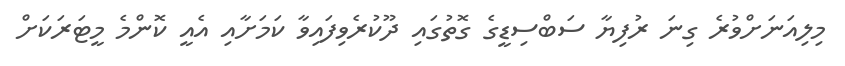
މިލިއަނަށްވުރެ ގިނަ ރުފިޔާ ސަބްސިޑީގެ ގޮތުގައި ދޫކުރެވިފައިވާ ކަމަށާއި އެއީ ކޮންމެ މީޓަރަކަށް